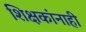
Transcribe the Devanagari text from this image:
शिक्षकांनाही